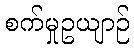
စက်မှုဥယျာဉ်